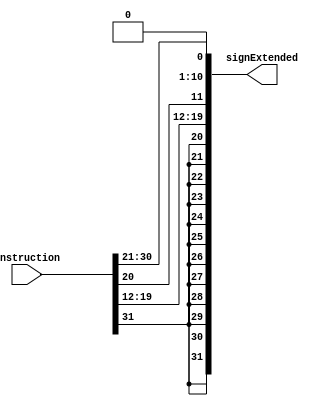
module JTypeSignExtend32b (
    instruction,
    signExtended
);
    input wire [31:0] instruction;
    output wire [31:0] signExtended;

    assign signExtended = 
    {
        {12 {instruction[31]}},
        instruction[19:12],
        instruction[20],
        instruction[30:25],
        instruction[24:21],
        1'b0
    };
    
endmodule